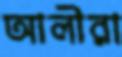
আলীরা